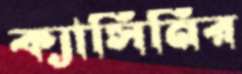
ক্যাসিনির